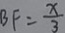
B F = \frac { x } { 3 }